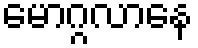
မောဂ္ဂလာနေ